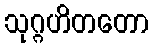
သုဂ္ဂဟိတတော